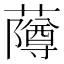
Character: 𬟌